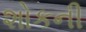
શોકની